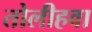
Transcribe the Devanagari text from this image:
तोलीहवा